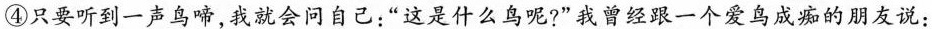
④只要听到一声鸟啼，我就会问自己；”这是什么鸟呢?”我曾经跟一个爱鸟成痴的朋友说：